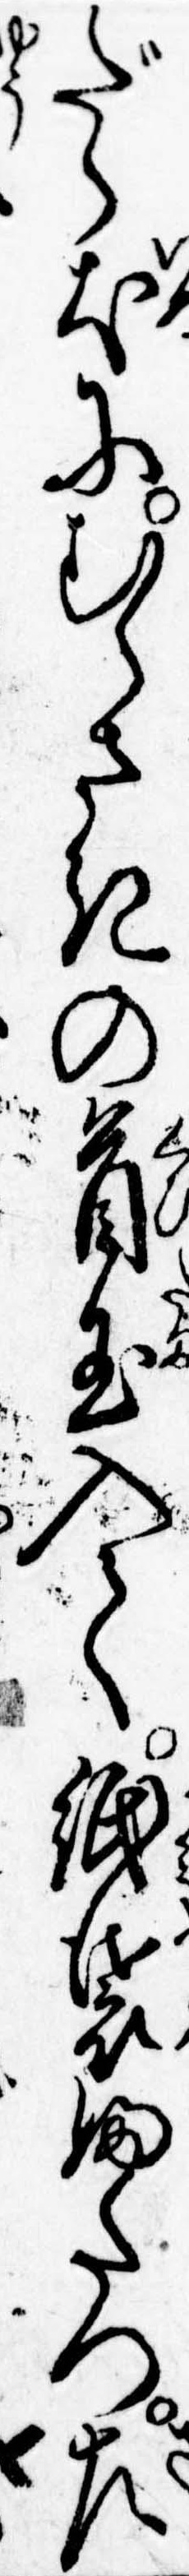
だら犬にむらさきの首玉入て紙袋ふたつ左